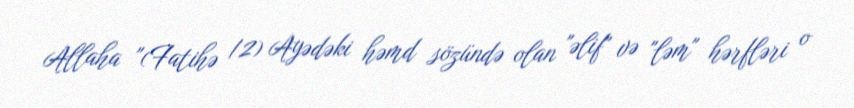
Allaha "(Fatihə /2) Ayədəki həmd sözündə olan "əlif" və "ləm" hərfləri o